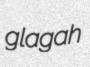
glagah